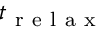
t _ { \mathrm { ~ r ~ e ~ l ~ a ~ x ~ } }